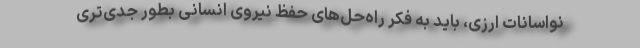
نواسانات ارزی،‌ باید به فكر راه‌حل‌های حفظ نیروی انسانی بطور جدی‌تری